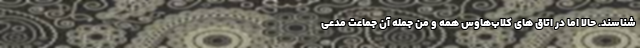
شناسند. حالا اما در اتاق های کلاب‌هاوس همه و من جمله آن جماعت مدعی